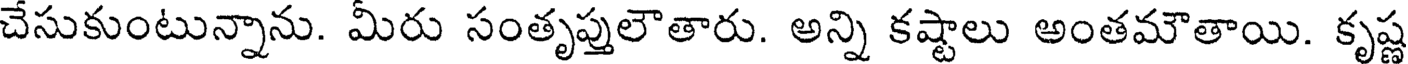
చేసుకుంటున్నాను. మీరు సంతృప్తులౌతారు. అన్ని కష్టాలు అంతమౌతాయి. కృష్ణ